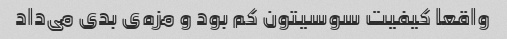
واقعا کیفیت سوسیتون کم بود و مزه‌ی بدی می‌داد